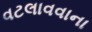
વટલાવવાના